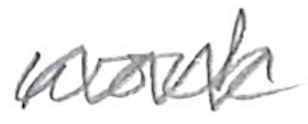
Text: work
Cross-out: zig-zag
Writing tool: pencil